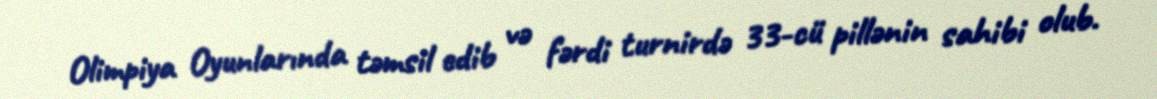
Olimpiya Oyunlarında təmsil edib və fərdi turnirdə 33-cü pillənin sahibi olub.